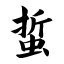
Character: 蜇